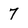
Character: 7